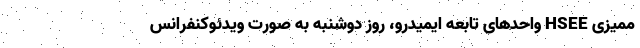
ممیزی HSEE واحدهای تابعه ایمیدرو، روز دوشنبه به صورت ویدئوکنفرانس